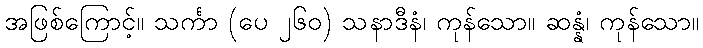
အဖြစ်ကြောင့်။ သင်္ကာ (ပေ ၂၆၀) သနာဒီနံ၊ ကုန်သော။ ဆန္နံ၊ ကုန်သော။